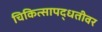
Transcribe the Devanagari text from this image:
चिकित्सापद्धतीवर